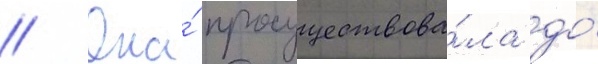
// Она́ просуществова́ла до́